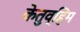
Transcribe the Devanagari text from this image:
केतुव्हिम